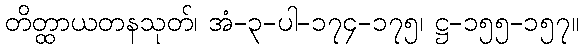
တိတ္ထာယတနသုတ်၊ အံ-၃-ပါ-၁၇၄-၁၇၅၊ ဋ္ဌ-၁၅၅-၁၅၇။